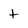
Character: t